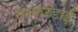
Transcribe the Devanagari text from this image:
सल्फरडाई